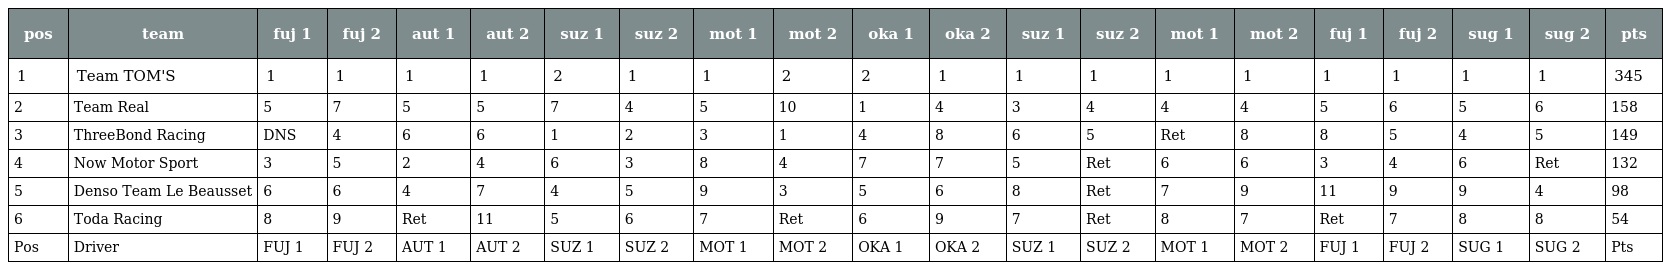
| pos | team | fuj 1 | fuj 2 | aut 1 | aut 2 | suz 1 | suz 2 | mot 1 | mot 2 | oka 1 | oka 2 | suz 1 | suz 2 | mot 1 | mot 2 | fuj 1 | fuj 2 | sug 1 | sug 2 | pts |
 | --- | --- | --- | --- | --- | --- | --- | --- | --- | --- | --- | --- | --- | --- | --- | --- | --- | --- | --- | --- | --- |
 | 1 | Team TOM'S | 1 | 1 | 1 | 1 | 2 | 1 | 1 | 2 | 2 | 1 | 1 | 1 | 1 | 1 | 1 | 1 | 1 | 1 | 345 |
 | 2 | Team Real | 5 | 7 | 5 | 5 | 7 | 4 | 5 | 10 | 1 | 4 | 3 | 4 | 4 | 4 | 5 | 6 | 5 | 6 | 158 |
 | 3 | ThreeBond Racing | DNS | 4 | 6 | 6 | 1 | 2 | 3 | 1 | 4 | 8 | 6 | 5 | Ret | 8 | 8 | 5 | 4 | 5 | 149 |
 | 4 | Now Motor Sport | 3 | 5 | 2 | 4 | 6 | 3 | 8 | 4 | 7 | 7 | 5 | Ret | 6 | 6 | 3 | 4 | 6 | Ret | 132 |
 | 5 | Denso Team Le Beausset | 6 | 6 | 4 | 7 | 4 | 5 | 9 | 3 | 5 | 6 | 8 | Ret | 7 | 9 | 11 | 9 | 9 | 4 | 98 |
 | 6 | Toda Racing | 8 | 9 | Ret | 11 | 5 | 6 | 7 | Ret | 6 | 9 | 7 | Ret | 8 | 7 | Ret | 7 | 8 | 8 | 54 |
 | Pos | Driver | FUJ 1 | FUJ 2 | AUT 1 | AUT 2 | SUZ 1 | SUZ 2 | MOT 1 | MOT 2 | OKA 1 | OKA 2 | SUZ 1 | SUZ 2 | MOT 1 | MOT 2 | FUJ 1 | FUJ 2 | SUG 1 | SUG 2 | Pts |